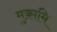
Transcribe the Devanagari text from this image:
मुक़ामि